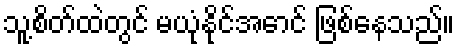
သူ့စိတ်ထဲတွင် မယုံနိုင်အောင် ဖြစ်နေသည်။